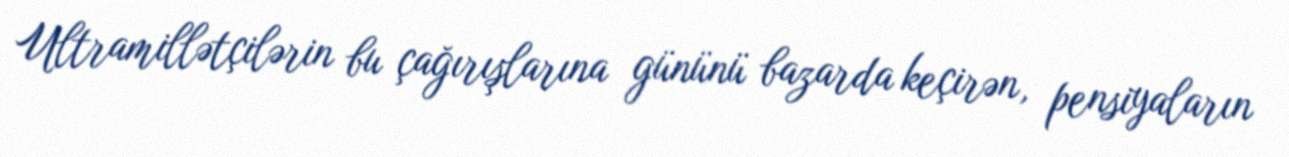
Ultramillətçilərin bu çağırışlarına gününü bazarda keçirən, pensiyaların